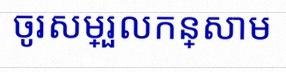
ចូរសម្រួលកន្សោម